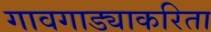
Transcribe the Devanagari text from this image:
गावगाड्याकरिता